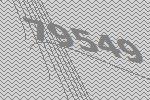
79549